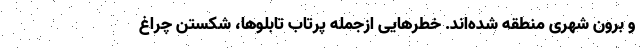
و برون شهری منطقه شده‌اند. خطرهایی ازجمله پرتاب تابلوها، شکستن چراغ